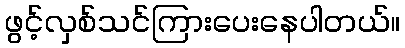
ဖွင့်လှစ်သင်ကြားပေးနေပါတယ်။